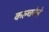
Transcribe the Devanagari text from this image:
कल्चरेले